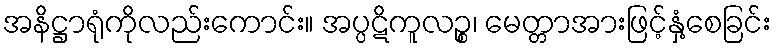
အနိဋ္ဌာရုံကိုလည်းကောင်း။ အပ္ပဋိကူလဉ္စ၊ မေတ္တာအားဖြင့်နှံ့စေခြင်း